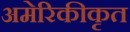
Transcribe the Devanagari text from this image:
अमेरिकीकृत